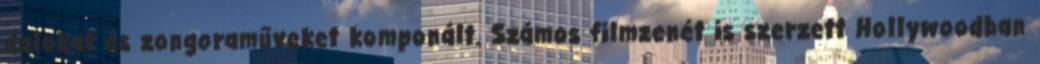
dalokat és zongoraműveket komponált. Számos filmzenét is szerzett Hollywoodban